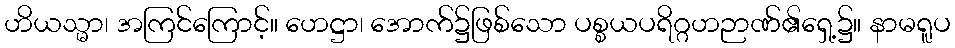
ဟိယသ္မာ၊ အကြင်ကြောင့်။ ဟေဋ္ဌာ၊ အောက်၌ဖြစ်သော ပစ္စယပရိဂ္ဂဟဉာဏ်၏ရှေ့၌။ နာမရူပ